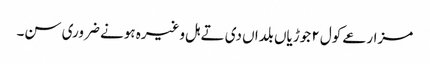
مزارعے کول ٢ جوڑیاں بلداں دی تے ہل وغیرہ ہونے ضروری سن۔